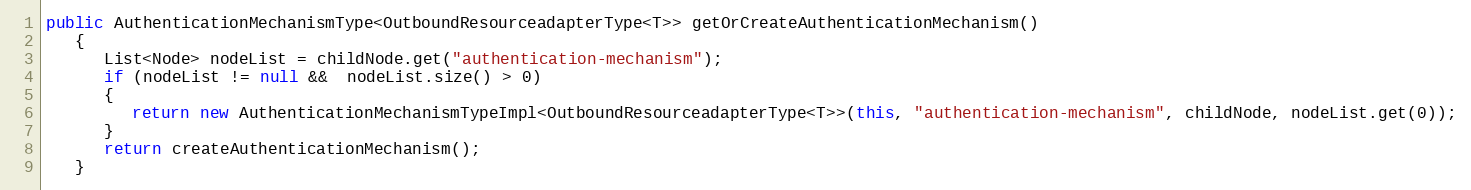
Language: Java
public AuthenticationMechanismType<OutboundResourceadapterType<T>> getOrCreateAuthenticationMechanism()
   {
      List<Node> nodeList = childNode.get("authentication-mechanism");
      if (nodeList != null &&  nodeList.size() > 0)
      {
         return new AuthenticationMechanismTypeImpl<OutboundResourceadapterType<T>>(this, "authentication-mechanism", childNode, nodeList.get(0));
      }
      return createAuthenticationMechanism();
   }